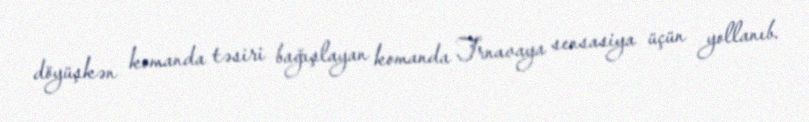
döyüşkən komanda təsiri bağışlayan komanda Trnavaya sensasiya üçün yollanıb.